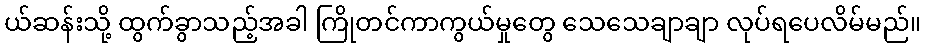
ယ်ဆန်းသို့ ထွက်ခွာသည့်အခါ ကြိုတင်ကာကွယ်မှုတွေ သေသေချာချာ လုပ်ရပေလိမ်မည်။